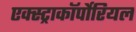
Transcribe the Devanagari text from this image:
एक्स्ट्राकॉर्पोरियल